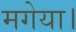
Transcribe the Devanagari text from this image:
मगेया।